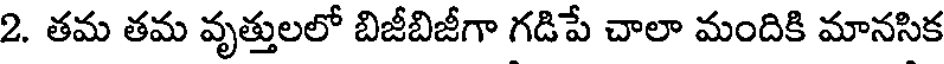
2. తమ తమ వృత్తులలో బిజీబిజీగా గడిపే చాలా మందికి మానసిక